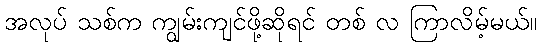
အလုပ် သစ်က ကျွမ်းကျင်ဖို့ဆိုရင် တစ် လ ကြာလိမ့်မယ်။